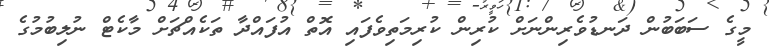
މީގެ ސަބަބުން ދަނޑުވެރިންނަށް ކުރިން ކުރިމަތިވެފައި އޮތް އުފައްދާ ތަކެއްޗަށް މާކެޓް ނުލިބުމުގެ